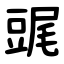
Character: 䜸